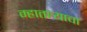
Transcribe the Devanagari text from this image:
म्हातार्‍याचा